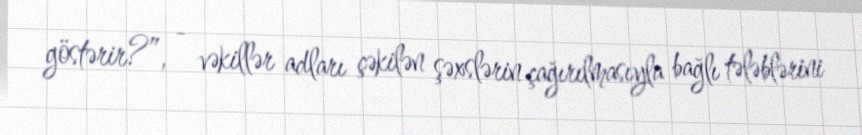
göstərir?”, - vəkillər adları çəkilən şəxslərin çağırılmasıyla bağlı tələblərini